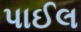
પાઈલ